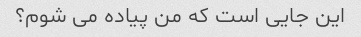
این جایی است که من پیاده می شوم؟